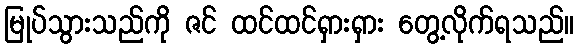
မြုပ်သွားသည်ကို ဇင် ထင်ထင်ရှားရှား တွေ့လိုက်ရသည်။